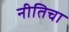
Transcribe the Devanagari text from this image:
नीतिचा